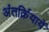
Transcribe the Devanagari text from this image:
अंतर्क्रियायें